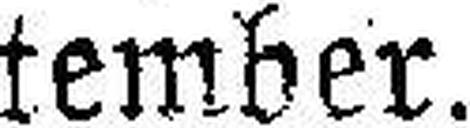
tember.